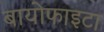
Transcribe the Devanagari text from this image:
बायोफाइटा